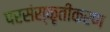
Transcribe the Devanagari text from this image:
परसंस्कृतीकरण